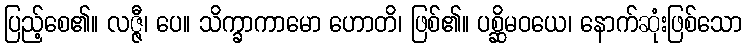
ပြည့်စေ၏။ လဇ္ဇီ၊ ပေ။ သိက္ခာကာမော ဟောတိ၊ ဖြစ်၏။ ပစ္ဆိမဝယေ၊ နောက်ဆုံးဖြစ်သော